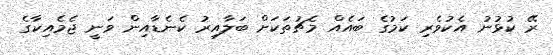
ރޭ ކުޅުނު އެކުވެރި ކަމުގެ ބައެއް މެޗުތަކަށް ބަލާއިރު ކެނެޑާއިން ވަނީ ޖެމެއިކާގެ